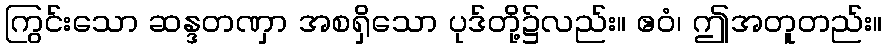
ကြွင်းသော ဆန္ဒတဏှာ အစရှိသော ပုဒ်တို့၌လည်း။ ဧဝံ၊ ဤအတူတည်း။